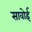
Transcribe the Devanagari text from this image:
सावोई